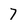
Character: 7